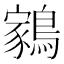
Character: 𬷬